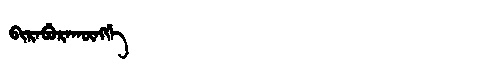
Manchu: ᠪᡳᡵᡝᠪᡠᡵᠠᡴᡡᠩᡤᡝ
Romanization: BIREBURAKŪNGGE